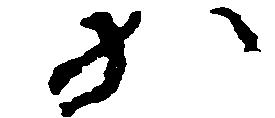
か